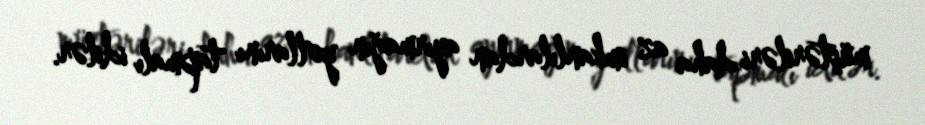
müştəriləri daha az imkanlılardan ayırmağın yollarını tapmalı idilər.